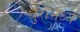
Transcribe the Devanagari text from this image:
धुरामध्ये